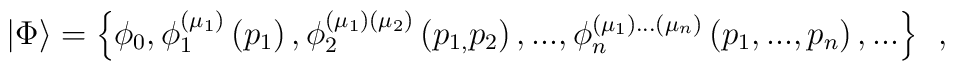
\left| \Phi \right\rangle =\left\{ \phi _0,\phi _1^{(\mu _1)}\left(p_1\right) ,\phi _2^{(\mu _1)(\mu _2)}\left( p_{1,}p_2\right) ,...,\phi_n^{(\mu _1)...(\mu _n)}\left( p_1,...,p_n\right) ,...\right\} \;\,,